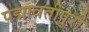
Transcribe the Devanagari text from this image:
पद्मावतीपुरी